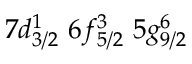
7 d _ { 3 / 2 } ^ { 1 } \, \, 6 f _ { 5 / 2 } ^ { 3 } \, \, 5 g _ { 9 / 2 } ^ { 6 }